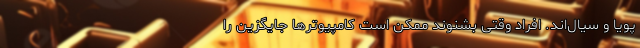
پویا و سیال‌اند. افراد وقتی بشنوند ممکن است کامپیوترها جایگزین را